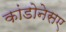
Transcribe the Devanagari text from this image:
कांडोनेसए